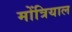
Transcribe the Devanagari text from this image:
मोंत्रियाल